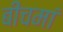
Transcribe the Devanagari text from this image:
बीचमां